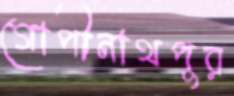
গোপীনাথপুর